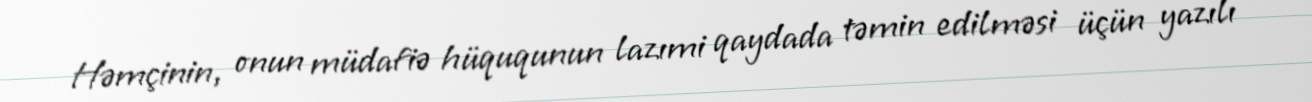
Həmçinin, onun müdafiə hüququnun lazımi qaydada təmin edilməsi üçün yazılı